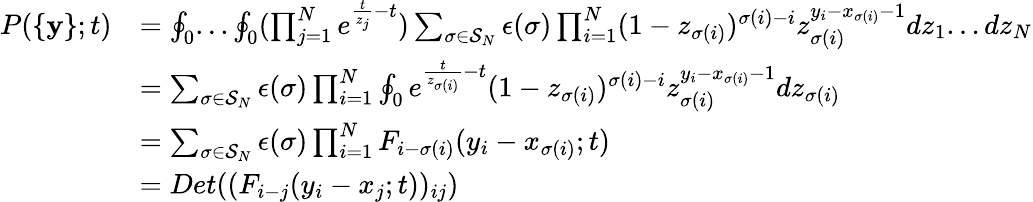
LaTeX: \begin{array}{rl}{P(\{ \mathbf{y}\} ;t)}&{=\oint_{0}...\oint_{0}(\prod_{j=1}^{N}e^{\frac{t}{z_{j}}-t})\sum_{\sigma\in\mathcal{S}_{N}}\epsilon(\sigma)\prod_{i=1}^{N}(1-z_{\sigma(i)})^{\sigma(i)-i}z_{\sigma(i)}^{y_{i}-x_{\sigma(i)}-1}dz_{1}...dz_{N}}\\ &{=\sum_{\sigma\in\mathcal{S}_{N}}\epsilon(\sigma)\prod_{i=1}^{N}\oint_{0}e^{\frac{t}{z_{\sigma(i)}}-t}(1-z_{\sigma(i)})^{\sigma(i)-i}z_{\sigma(i)}^{y_{i}-x_{\sigma(i)}-1}dz_{\sigma(i)}}\\ &{=\sum_{\sigma\in\mathcal{S}_{N}}\epsilon(\sigma)\prod_{i=1}^{N}F_{i-\sigma(i)}(y_{i}-x_{\sigma(i)};t)}\\ &{=Det((F_{i-j}(y_{i}-x_{j};t))_{ij})}\end{array}